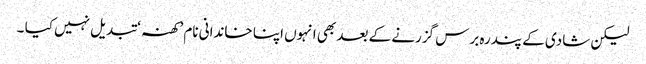
لیکن شادی کے پندرہ برس گزرنے کے بعد بھی انہوں اپنا خاندانی نام ’کھنہ ‘ تبدیل نہیں کیا ۔